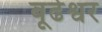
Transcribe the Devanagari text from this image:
बूढेश्वर